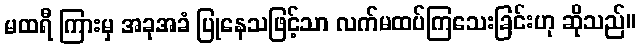
မထရီ ကြားမှ အခုအခံ ပြုနေသဖြင့်သာ လက်မထပ်ကြသေးခြင်းဟု ဆိုသည်။